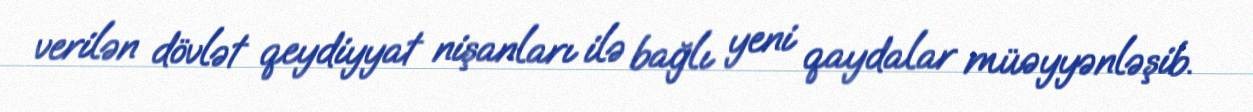
verilən dövlət qeydiyyat nişanları ilə bağlı yeni qaydalar müəyyənləşib.